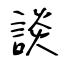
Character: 談